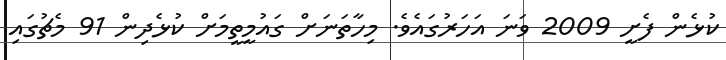
ކުޅެން ފެށީ 2009 ވަނަ އަހަރުގައެވެ. މިހާތަނަށް ގައުމީތީމަށް ކުޅެދިން 91 މެޗުގައި